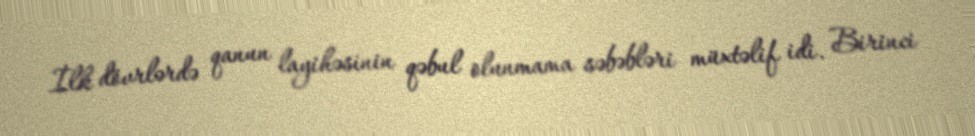
İlk dövrlərdə qanun layihəsinin qəbul olunmama səbəbləri müxtəlif idi. Birinci